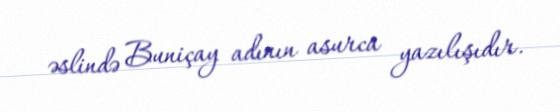
əslində Buniçay adının asurca yazılışıdır.